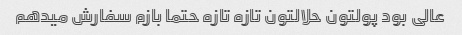
عالی بود پولتون حلالتون تازه تازه حتما بازم سفارش میدهم